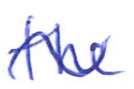
Text: the
Cross-out: wave
Writing tool: ballpoint